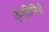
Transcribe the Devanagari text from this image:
क्यूलिसिडी